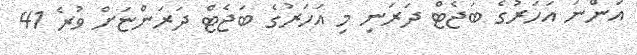
އަންނަ އަހަރުގެ ބަޖެޓް ދަރަނި މި އަހަރުގެ ބަޖެޓް ދަރަންޏަށް ވުރެ 41